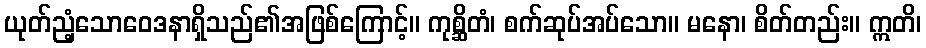
ယုတ်ညံ့သောဝေဒနာရှိသည်၏အဖြစ်ကြောင့်။ ကုစ္ဆိတံ၊ စက်ဆုပ်အပ်သော။ မနော၊ စိတ်တည်း။ ဣတိ၊